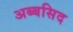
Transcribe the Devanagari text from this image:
अब्बसिद